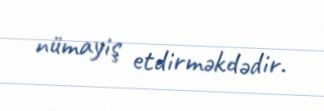
nümayiş etdirməkdədir.